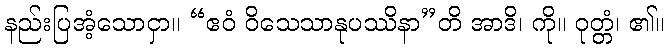
နည်းပြအံ့သောငှာ။ “ဧဝံ ဝိသေသာနုပဿိနာ”တိ အာဒိ၊ ကို။ ဝုတ္တံ၊ ၏။